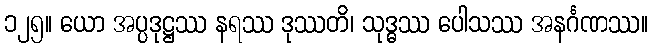
၁၂၅။ ယော အပ္ပဒုဋ္ဌဿ နရဿ ဒုဿတိ၊ သုဒ္ဓဿ ပေါသဿ အနင်္ဂဏဿ။